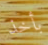
بأخذ